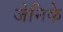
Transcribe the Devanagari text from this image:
जेनिके